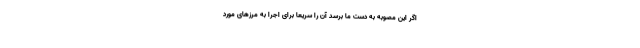
اگر این مصوبه به دست ما برسد آن را سریعا برای اجرا به مرزهای مورد